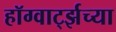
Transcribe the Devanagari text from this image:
हॉग्वार्ट्झच्या